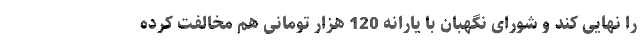
را نهایی کند و شورای نگهبان با یارانه 120 هزار تومانی هم مخالفت کرده